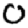
Digit: 0